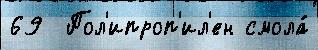
69  Пол'ипроп'ил'ен смола́